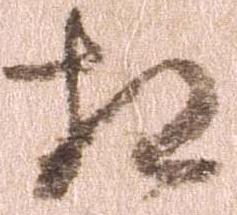
相